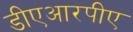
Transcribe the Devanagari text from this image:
डीएआरपीए